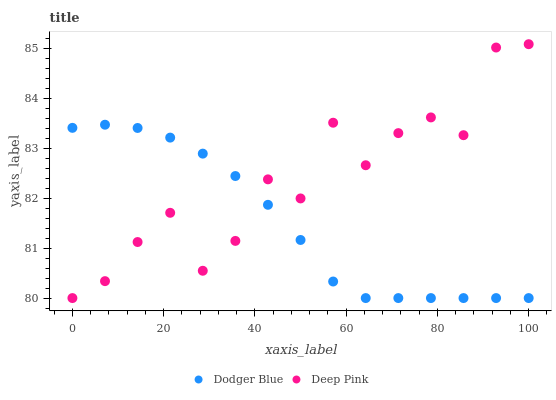
| xaxis_label | Dodger Blue | Deep Pink |
 | --- | --- | --- |
 | 0 | 83.4 | 80 |
 | 7.14 | 83.5 | 80.3 |
 | 14.3 | 83.4 | 81.1 |
 | 21.4 | 83.2 | 81.7 |
 | 28.6 | 82.9 | 80.5 |
 | 35.7 | 82.4 | 81.1 |
 | 42.9 | 81.9 | 82.4 |
 | 50 | 81.2 | 82 |
 | 57.1 | 80.3 | 83.5 |
 | 64.3 | 80 | 82.7 |
 | 71.4 | 80 | 83.3 |
 | 78.6 | 80 | 83.6 |
 | 85.7 | 80 | 83.3 |
 | 92.9 | 80 | 85 |
 | 100 | 80 | 85.1 |